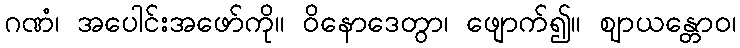
ဂဏံ၊ အပေါင်းအဖော်ကို။ ဝိနောဒေတွာ၊ ဖျောက်၍။ ဈာယန္တောဝ၊